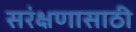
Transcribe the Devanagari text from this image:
सरंक्षणासाठी